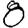
Digit: 8